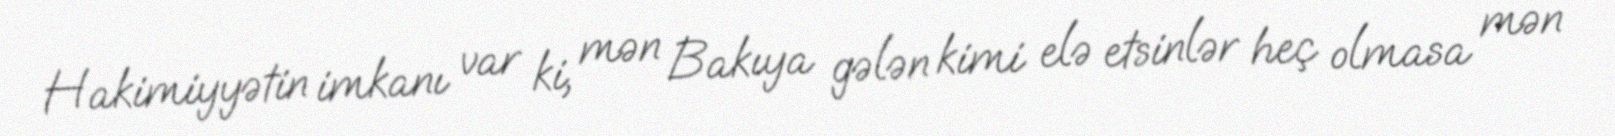
Hakimiyyətin imkanı var ki, mən Bakıya gələn kimi elə etsinlər heç olmasa mən